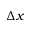
\Delta x